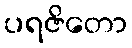
ပရဇိတော